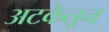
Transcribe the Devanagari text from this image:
अटकेतून